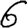
Digit: 6